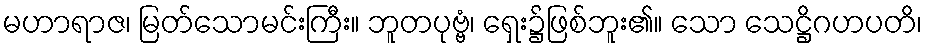
မဟာရာဇ၊ မြတ်သောမင်းကြီး။ ဘူတပုဗ္ဗံ၊ ရှေး၌ဖြစ်ဘူး၏။ သော သေဋ္ဌိဂဟပတိ၊